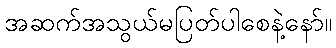
အဆက်အသွယ်မပြတ်ပါစေနဲ့နော်။